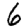
Digit: 6